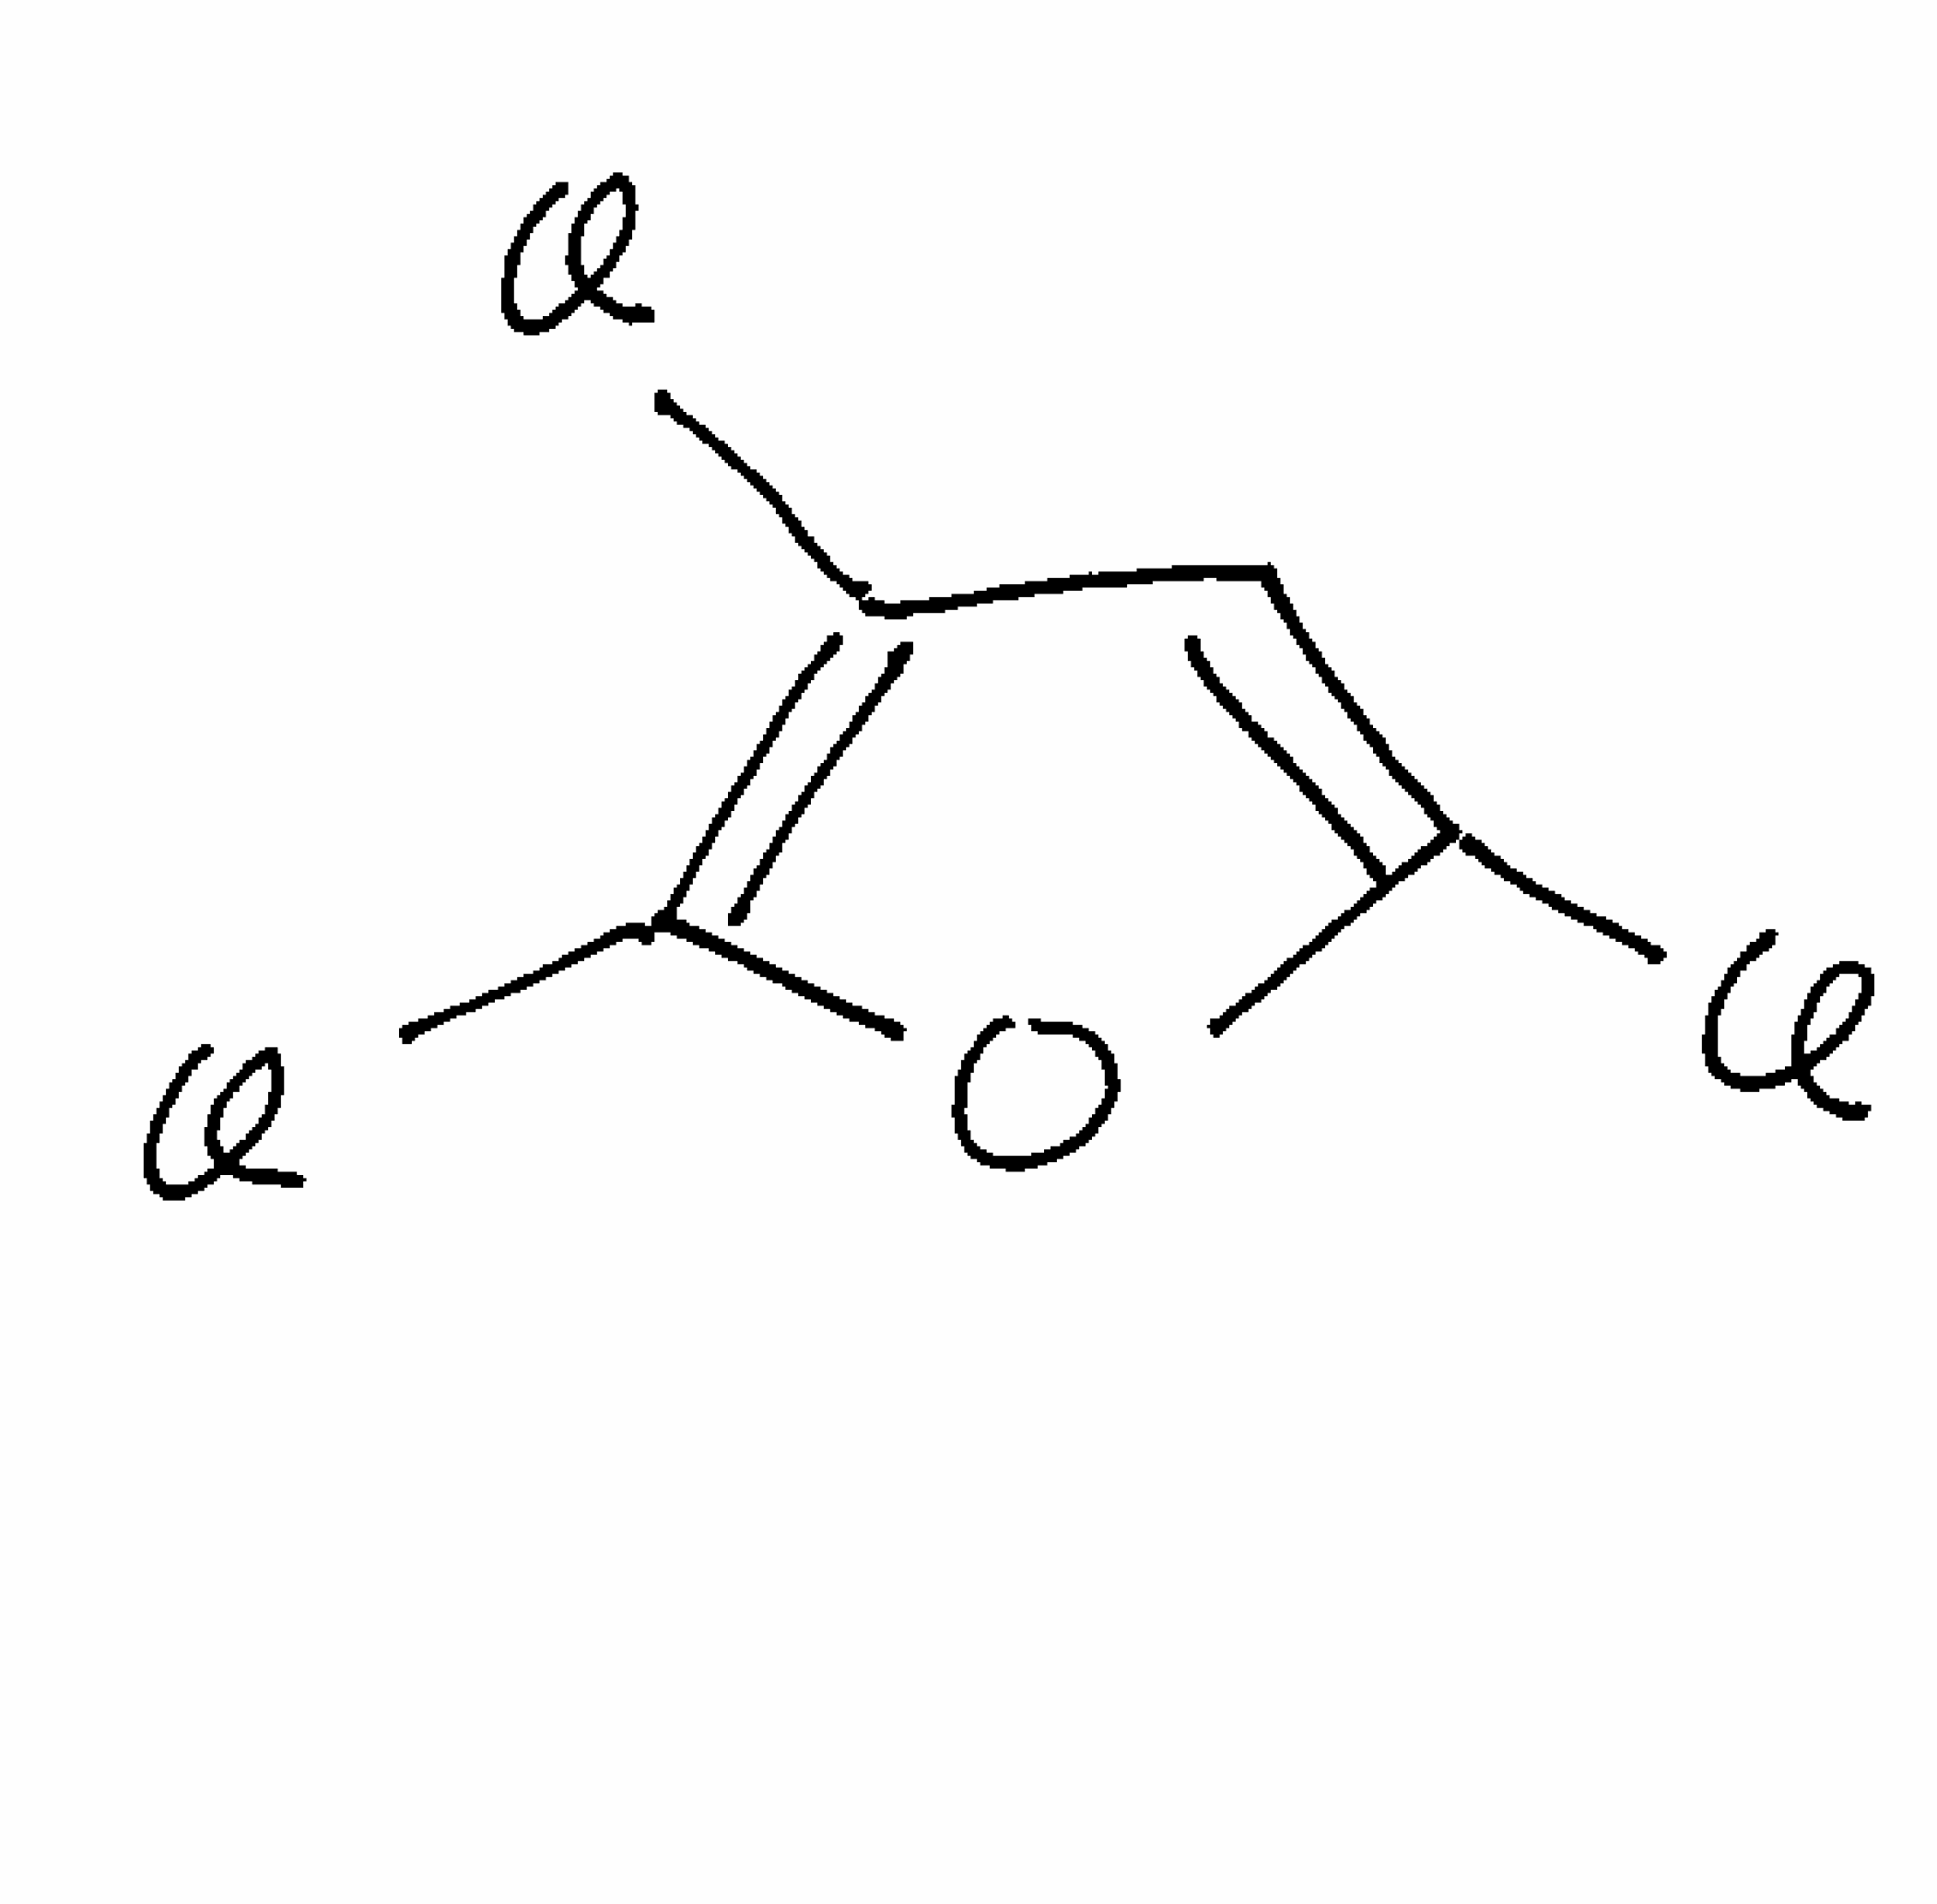
Simplified molecular-input line-entry system (SMILES) notation of the given molecule:
C1=C(OC(=C1Cl)Cl)Cl